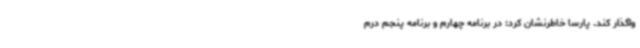
واگذار کند. پارسا خاطرنشان کرد: در برنامه چهارم و برنامه پنجم درم